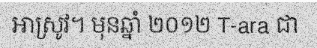
អាស្រូវ។ មុនឆ្នាំ ២០១២ T-ara ជា